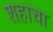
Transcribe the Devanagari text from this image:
शहाचा